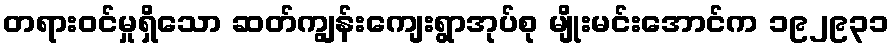
တရားဝင်မှုရှိသော ဆတ်ကျွန်းကျေးရွာအုပ်စု မျိုးမင်းအောင်က ၁၉၂၉၃၁